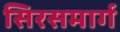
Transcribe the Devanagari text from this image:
सिरसमार्ग